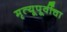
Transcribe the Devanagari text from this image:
मृत्यूपूर्वीचा